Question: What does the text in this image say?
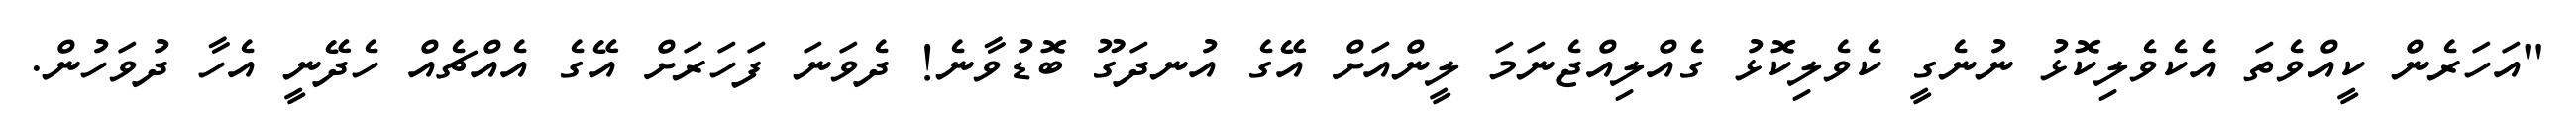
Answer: "އަހަރެން ކީއްވެތަ އެކެވެލިކޮޅު ނުނެގީ ކެވެލިކޮޅު ގެއްލިއްޖެނަމަ ލީންއަށް އޭގެ އުނދަގޫ ބޮޑުވާނެ! ދެވަނަ ފަހަރަށް އޭގެ އެއްޗެއް ހެދޭނީ އެހާ ދުވަހުން.